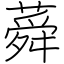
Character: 蕣